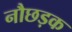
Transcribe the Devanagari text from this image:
नौछड़क